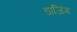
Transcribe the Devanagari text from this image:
डाजिंग